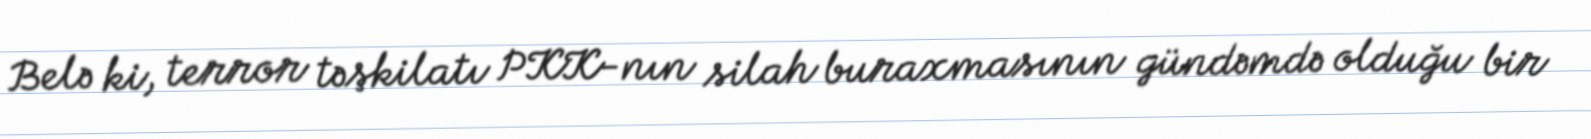
Belə ki, terror təşkilatı PKK-nın silah buraxmasının gündəmdə olduğu bir